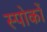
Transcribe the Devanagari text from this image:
स्पोकों